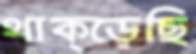
থাক্‌ড়েছি